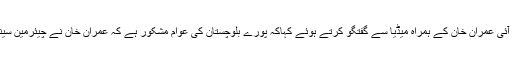
انہوں نے آج یہاں چیئرمین پی ٹی آئی عمران خان کے ہمراہ میڈیا سے گفتگو کرتے ہوئے کہاکہ پورے بلوچستان کی عوام مشکور ہے کہ عمران خان نے چیئرمین سینیٹ کیلئے مکمل سپورٹ کیا ہے۔